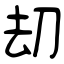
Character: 刧